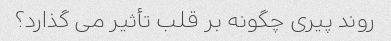
روند پیری چگونه بر قلب تأثیر می گذارد؟